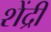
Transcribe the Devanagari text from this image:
शेंद्री